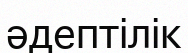
әдептілік